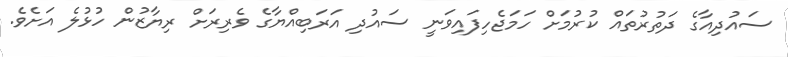
ސައުދިއާގެ ދަތުރުތައް ކުރުމަށް ހަމަޖެހިފައިވަނީ ސައުދި އަރަބިއްޔާގެ ވެރިރަށް ރިޔާޒުން ހުޅުލެ އަށެވެ.